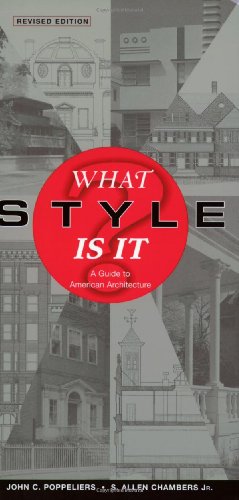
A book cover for What Style Is It?: A Guide to American Architecture, Revised Edition; John C. Poppeliers; Arts & Photography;